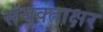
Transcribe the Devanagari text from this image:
संयक्ताक्षर